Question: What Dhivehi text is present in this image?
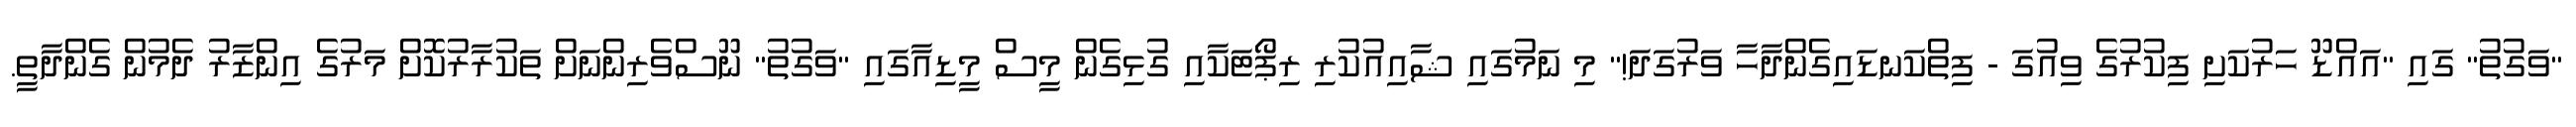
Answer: "ވަގުތު" ގައި "އައްޑޫ ހަރުކަށި ފިކުރުގެ ވިއުގަ - ފިތްކަނޑައިގެންދާހާ ވަރުގަދަ!" މި ނަމުގައި ޝާއިއުކުރި ރިޕޯޓަކާއި ގުޅިގެން މީސް މީޑިއާގައި "ވަގުތު" ނޫސްވެރިންނަށް ތަކުރާރުކޮށް މަރުގެ އިންޒާރު ދެމުން ގެންދާތީ.